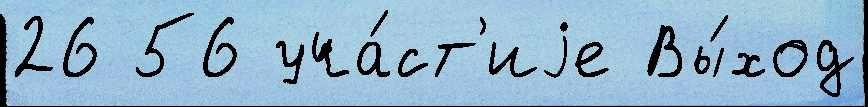
26 56 уча́ст'иjе Вы́ход